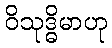
ဝိသုဒ္ဓိမာဟု